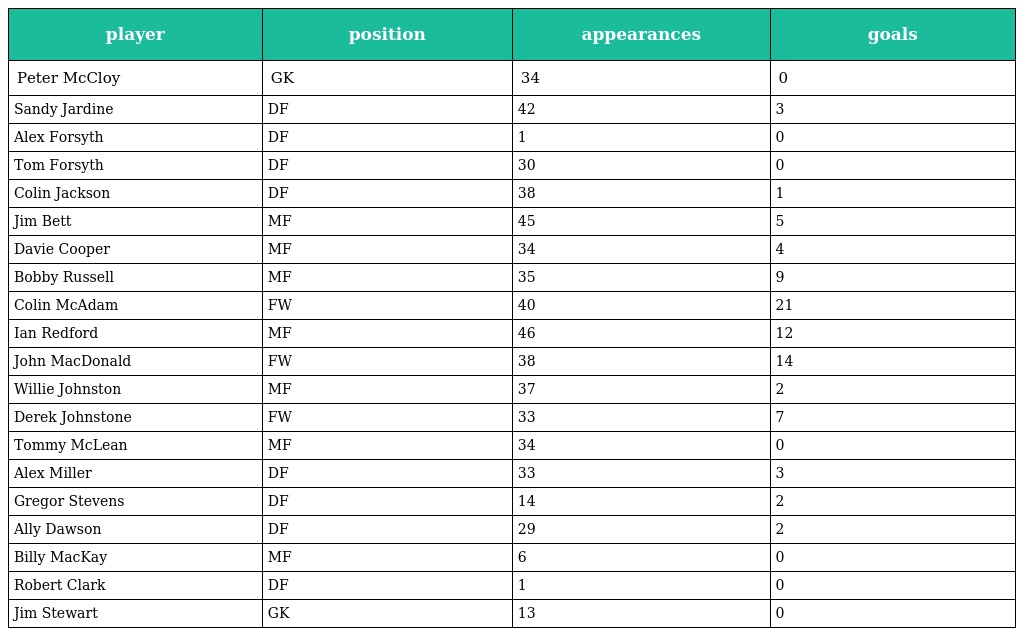
| player | position | appearances | goals |
 | --- | --- | --- | --- |
 | Peter McCloy | GK | 34 | 0 |
 | Sandy Jardine | DF | 42 | 3 |
 | Alex Forsyth | DF | 1 | 0 |
 | Tom Forsyth | DF | 30 | 0 |
 | Colin Jackson | DF | 38 | 1 |
 | Jim Bett | MF | 45 | 5 |
 | Davie Cooper | MF | 34 | 4 |
 | Bobby Russell | MF | 35 | 9 |
 | Colin McAdam | FW | 40 | 21 |
 | Ian Redford | MF | 46 | 12 |
 | John MacDonald | FW | 38 | 14 |
 | Willie Johnston | MF | 37 | 2 |
 | Derek Johnstone | FW | 33 | 7 |
 | Tommy McLean | MF | 34 | 0 |
 | Alex Miller | DF | 33 | 3 |
 | Gregor Stevens | DF | 14 | 2 |
 | Ally Dawson | DF | 29 | 2 |
 | Billy MacKay | MF | 6 | 0 |
 | Robert Clark | DF | 1 | 0 |
 | Jim Stewart | GK | 13 | 0 |